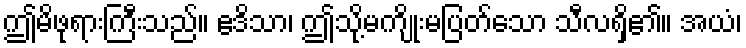
ဤမိဖုရားကြီးသည်။ ဧဒိသာ၊ ဤသို့မကျိုးမပြတ်သော သီလရှိ၏။ အယံ၊